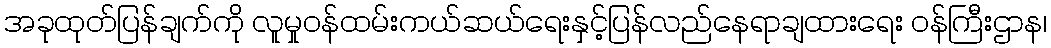
အခုထုတ်ပြန်ချက်ကို လူမှုဝန်ထမ်းကယ်ဆယ်ရေးနှင့်ပြန်လည်နေရာချထားရေး ဝန်ကြီးဌာန၊